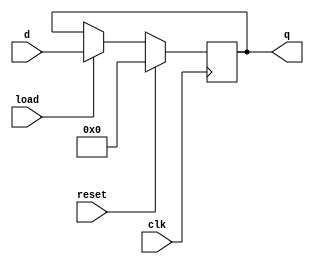
module flopr # (parameter WIDTH = 8)
(input clk, reset,load,
input [WIDTH-1:0] d,
output [WIDTH-1:0] q);

reg [WIDTH-1:0] data;


assign q = data;
	

always @ (posedge clk)
begin
if(reset)
	data <= 0;
else if(load)
	data <= d;
	
end



endmodule